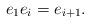
LaTeX: \begin{align*} e_1 e_i=e_{i+1}.\end{align*}